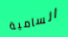
السامية